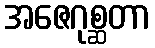
အဇေဂုစ္ဆတာ